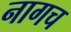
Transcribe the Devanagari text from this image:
नागच